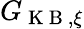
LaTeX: G_{\mathrm{~K~B~},\xi}